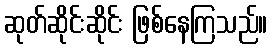
ဆုတ်ဆိုင်းဆိုင်း ဖြစ်နေကြသည်။